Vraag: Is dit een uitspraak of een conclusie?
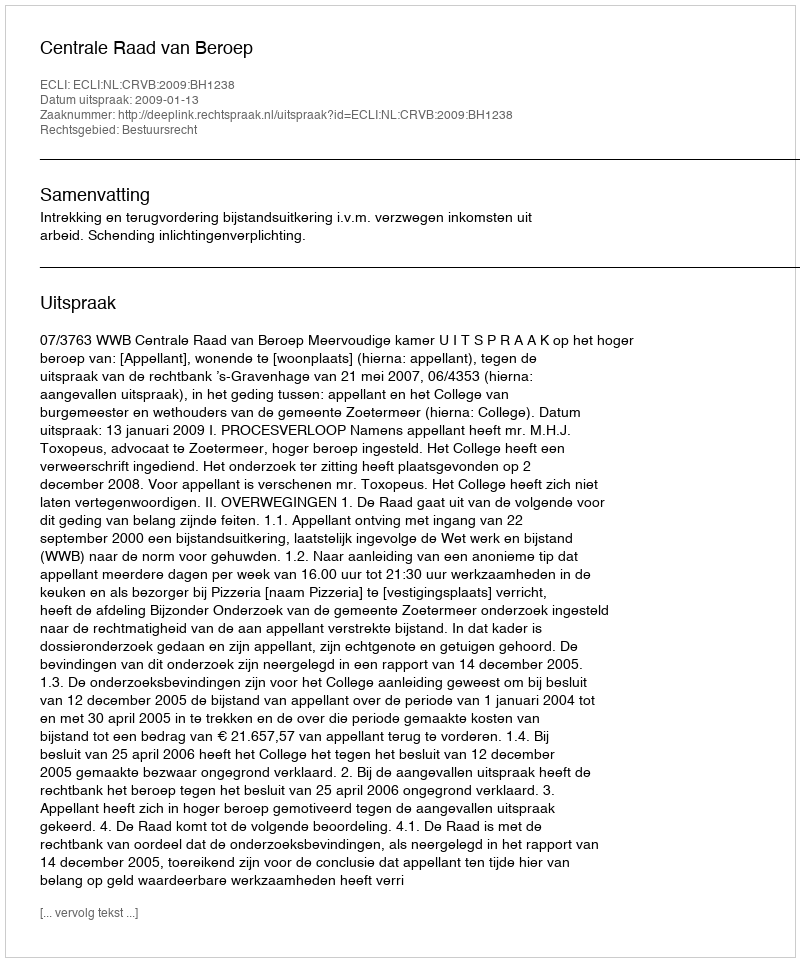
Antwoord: Uitspraak